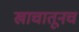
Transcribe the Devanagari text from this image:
खाचातूनच